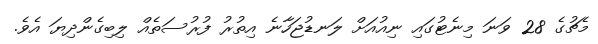
މެޗުގެ 28 ވަނަ މިނެޓުގައި ނިއުއަށް ލަނޑުޖަހާނެ އިތުރު ފުރުސަތެއް ލިބިގެންދިޔަ އެވެ.